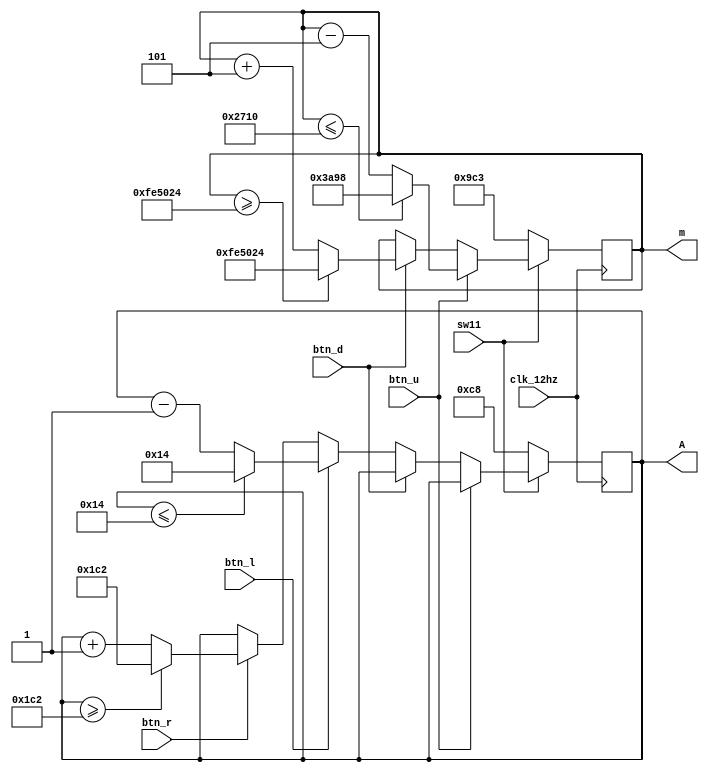
`timescale 1ns / 1ps
//////////////////////////////////////////////////////////////////////////////////
// Company: 
// Engineer: 
// 
// Design Name: 
// Module Name: custom_wave_module
// Project Name: 
// Target Devices: 
// Tool Versions: 
// Description: 
// 
// Dependencies: 
// 
// Revision:
// Revision 0.01 - File Created
// Additional Comments:
// 
//////////////////////////////////////////////////////////////////////////////////


module custom_wave_module(input clk_12hz, input btn_u, input btn_d, input btn_l,
    input btn_r, input sw11, output reg [30:0] m, output reg [9:0] A);
    
    initial begin
        m = 2499; //initial frequency of wave is set to 20khz
        A = 200; //initial amplitude of wave is set to 200px
    end
    
    always @(posedge clk_12hz) begin
        if(sw11)
            begin
                if(btn_u) 
                    begin
                        //increase frequency of wave
                        m = (m <= 10000) ? 15000 : m - 5;
                    end
                 else if(btn_d)
                    begin
                        m = (m >= 16666660) ? 16666660 : m + 5;
                    end
                 else if(btn_l)
                    begin
                        A = (A<=20) ? 20: A - 1;
                    end
                 else if(btn_r)
                    begin
                        A = (A>=450) ? 450 : A + 1;
                    end
            end
        else 
            begin
                m = 2499; //reset clock to original 20khz
                A = 200; //reset amplitude to original amplitude
            end
    end
    
endmodule